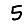
Digit: 5